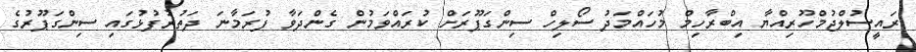
ރައީސުލްޖުމްހޫރިއްޔާ އިބްރާހިމް މުހައްމަދު ސޯލިހް ސިންގަޕޫރަށް ކުރައްވަމުން ގެންދަވާ ފުރަމާނަ ދަތުރުފުޅުގައި ސިންގަޕޫރުގެ